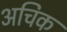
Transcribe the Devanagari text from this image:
अचिक